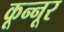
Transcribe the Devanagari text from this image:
कून्‍नूर